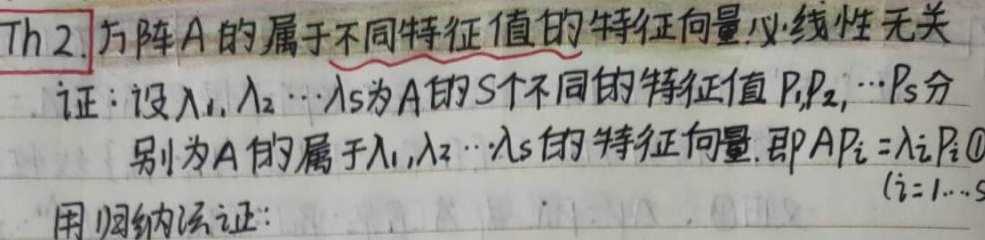
Th 2. 方阵 \(A\) 的属于不同特征值的特征向量必线性无关。证：设\(\lambda_1,\lambda_2,\cdots,\lambda_s\)为 \(A\) 的 \(s\) 个不同的特征值，\(p_1,p_2,\cdots,p_s\)分别为 \(A\) 的属于\(\lambda_1,\lambda_2,\cdots,\lambda_s\)的特征向量，即 \(Ap_i = \lambda_i p_i\ (i = 1,\cdots,s)\)。用归纳法证：